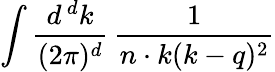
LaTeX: \int{\frac{d^{\, d}k}{(2\pi)^{d}}}\, {\frac{1}{n\cdot k(k-q)^{2}}}